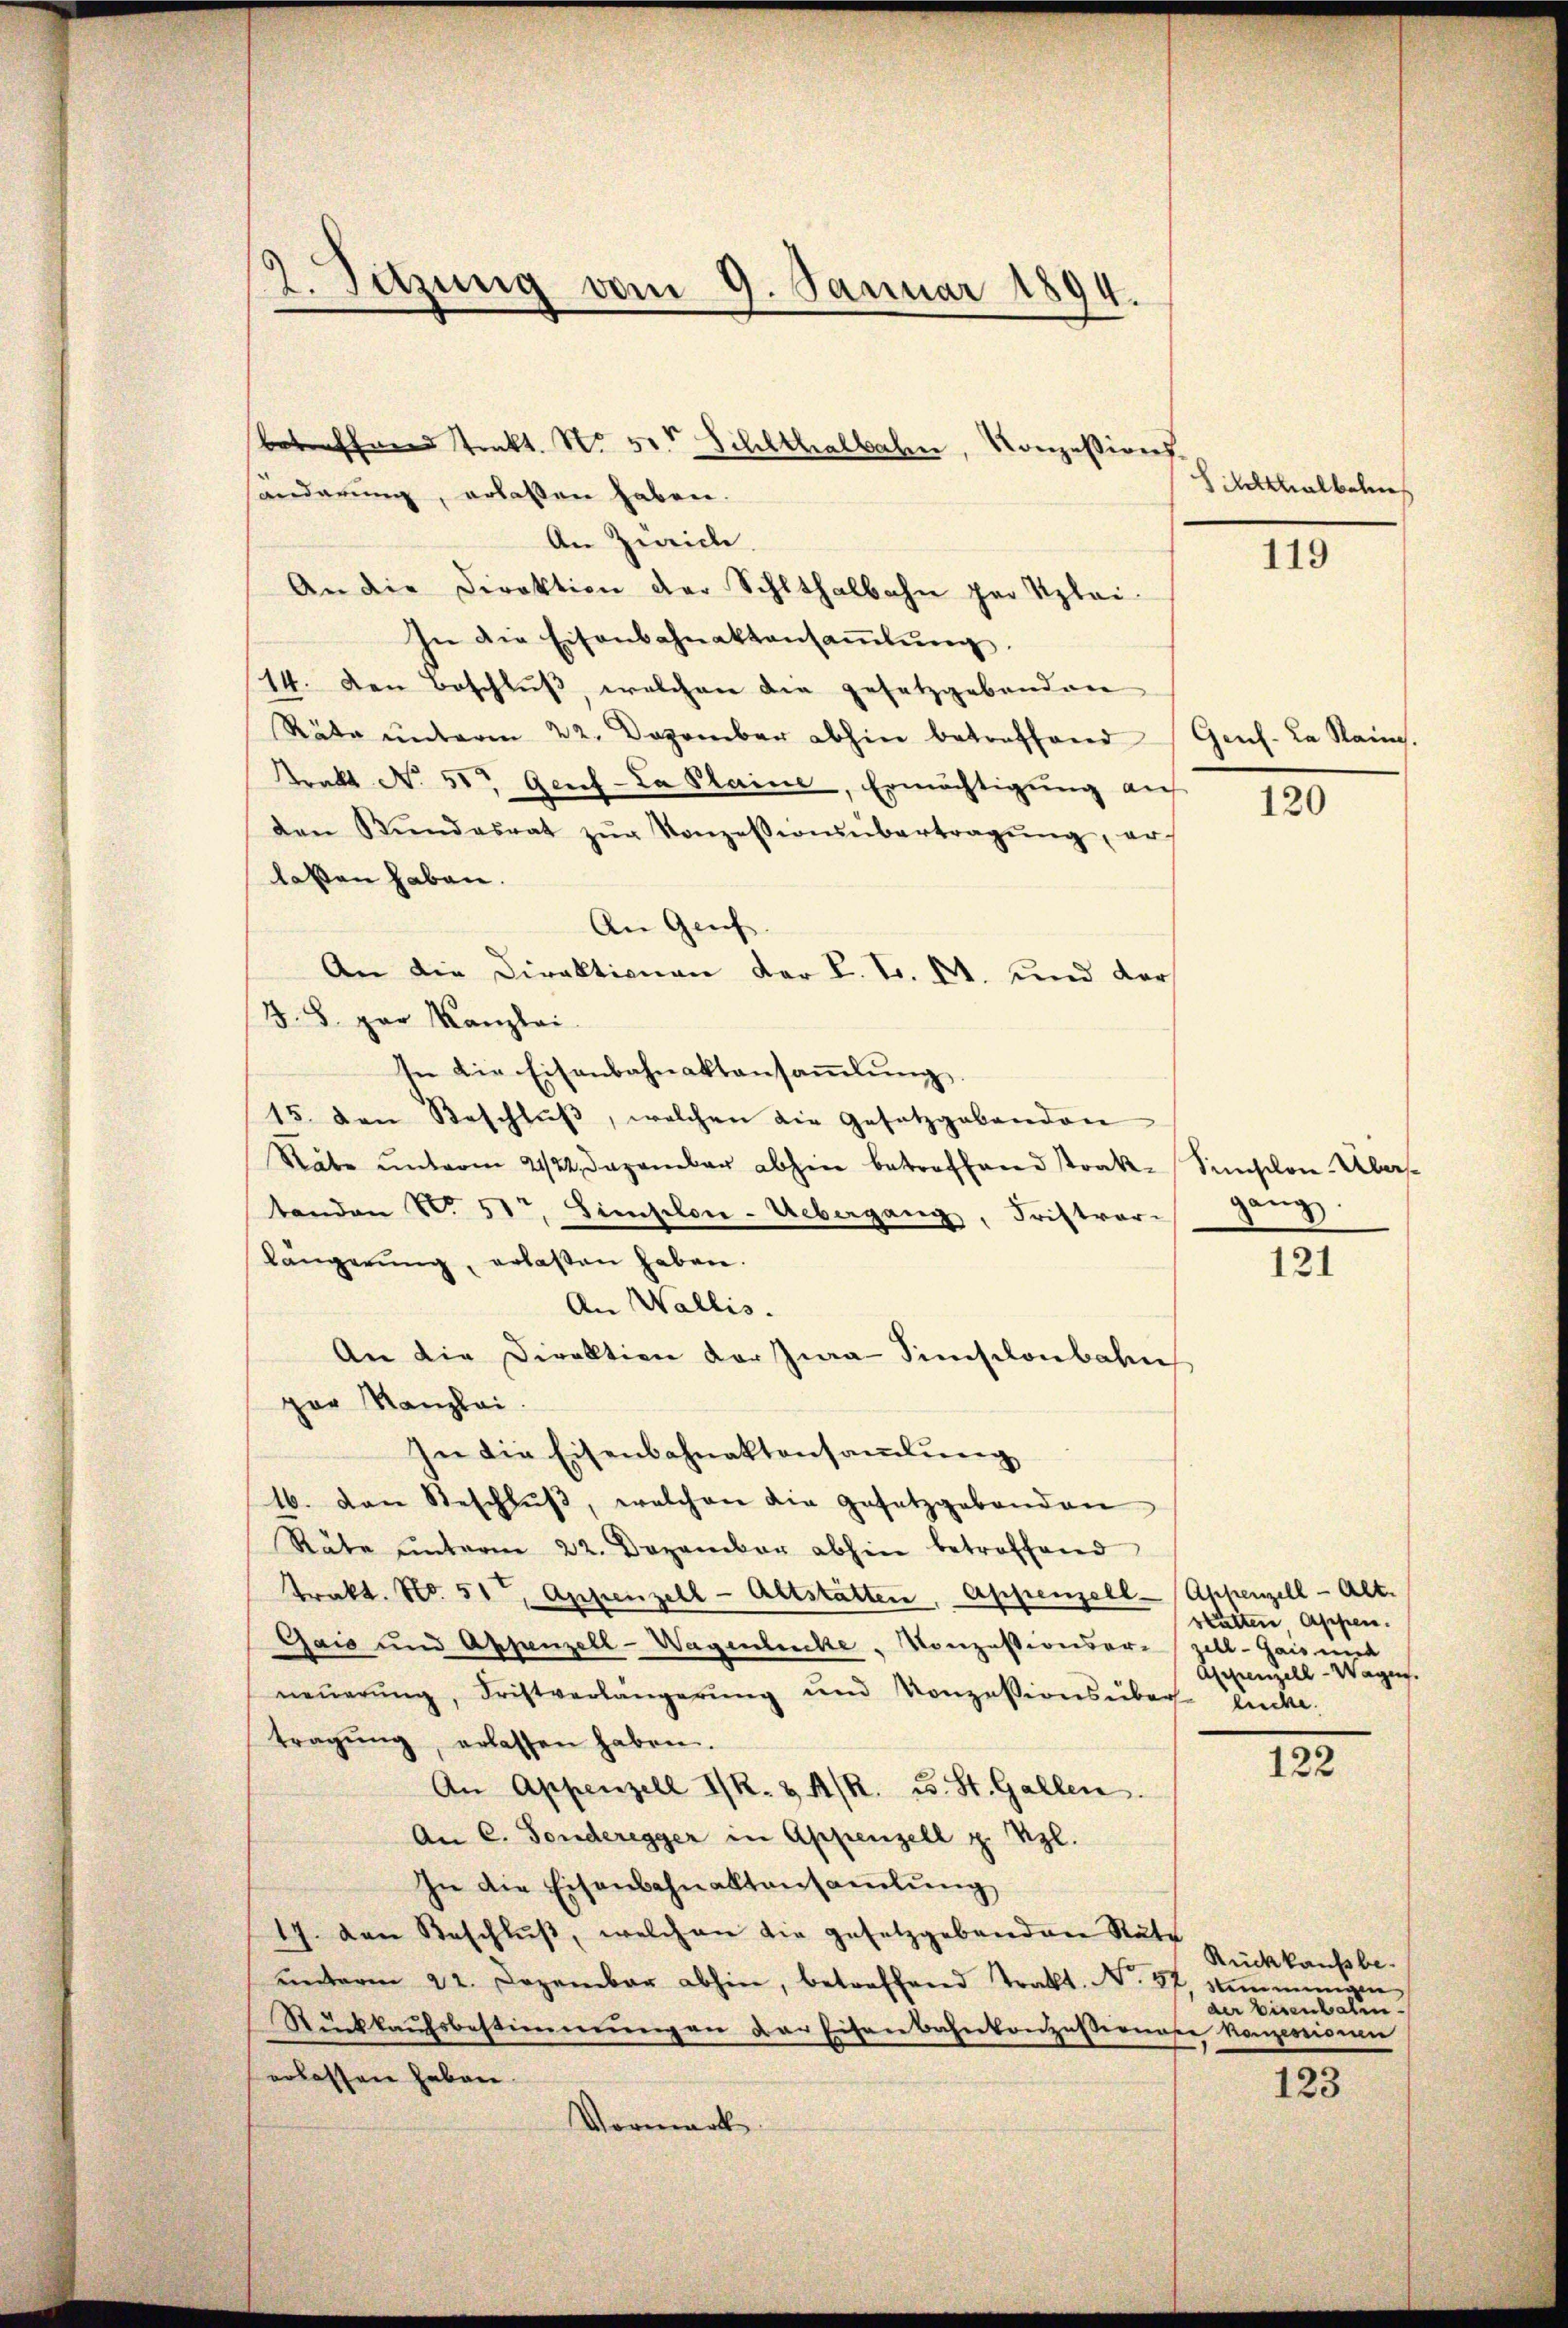
2. Sitzung vom 9. Januar 1894.

sänderung, erlassen haben.
An Zürich.
An die Direktion der Schlthalbahn par Klei
In die Eisenbahnaktensaṁlŭng
14. Den Beschluß, welchen die gesetzgebenden
Räte ŭnterm 22. Dezember abhin betreffend Genf. La Raing.
Krakt No 50 Gef-La Plaine, Ermächtigŭng auf
den Bŭndesrat zŭr Konzessionsübertragŭng, er
laßen haben.
An Geis
An die Direktionen der K. Fr. M. und der
J. 8. par Kanzlei
In die Eisenbahnaktansammlung.
15. den Beschlŭβ, welchen die Gesetzgebenden
Räbe ŭnterm 21/22. Dezember abhin betroffend strak- Sunsten-Abas
tanden No 51t, Siension-Uebergang, Fristver-
längerŭng, erlaßen haben.
An Wallis.
An die Direktion der Jura Simsilonbahn
par Kanzlei.
In die Eisenbahnaktensamlung
16. Dan Beschlŭβ, welchen die Gesetzgebenden
Räte ŭnterm 22. Dezember abhin betroffend
Trakt. No. 51, Appenzell-Altstatten, Appenzell Appenzell-Alt.
Gais und Appenzell-Wagenleiche Konzessionsere Zell. Gais und
neŭerŭng, Fristverlängerung und Konzessionsüber lücke.
tragŭng, erlassen haben.
An Appenzell I/R. & 4/R. u. St. Gallen.
An C. Fonderegger in Appenzell z. Vgl.
In die Eisenbahnaktansaṁlŭng
17. Dann Beschlŭβ, welchen die gesetzgebanden Rate
unterm 22. Dezember abhin, betreffend Trakt. N. 37, Stimmungen
Rückkaŭfsbestimmungen der Eisenbahnkonzessernase konzession
erlassen haben.
Vormark

betreffend trakt. No. 5. Schlthalbahn, Konzessions¬

tthalbeln

119

120

gang

121

statten Appen.
Appenzell-Wagen.

122

123

Rückkaufsbe-
der Eisenbalen.